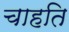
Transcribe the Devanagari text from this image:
चाहति